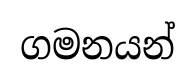
ගමනයන්